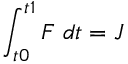
\int _ { t 0 } ^ { t 1 } F ~ d t = J